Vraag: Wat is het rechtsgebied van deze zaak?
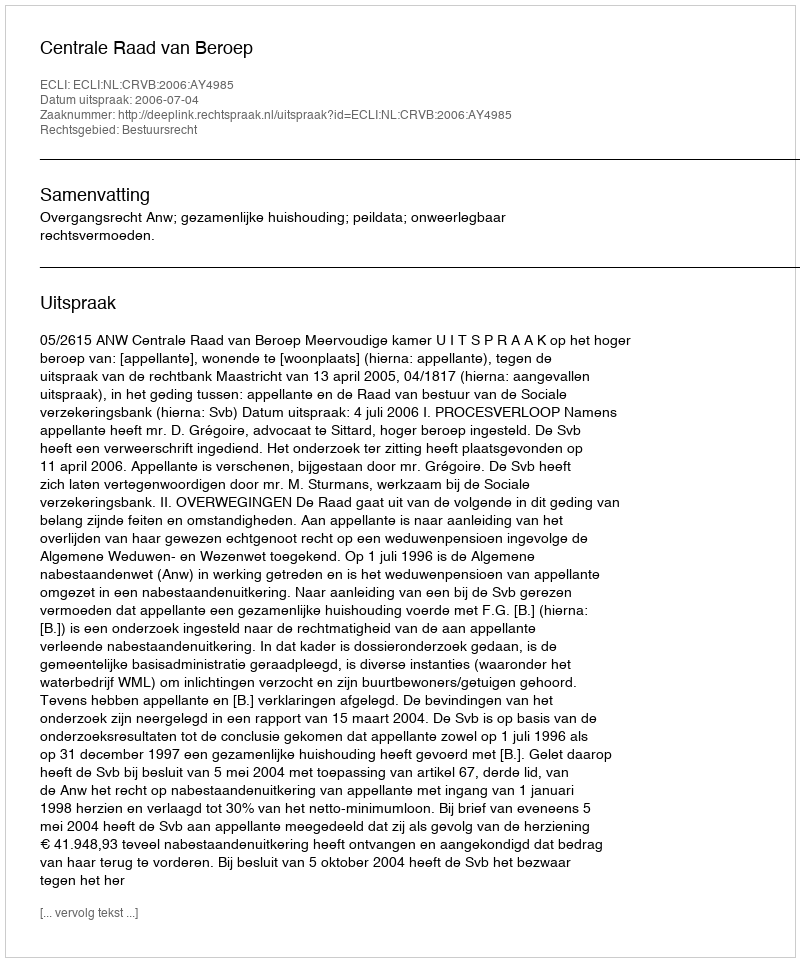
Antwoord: Bestuursrecht